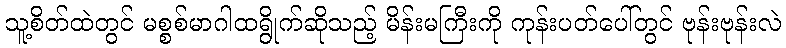
သူ့စိတ်ထဲတွင် မစ္စစ်မာဂါထရွိုက်ဆိုသည့် မိန်းမကြီးကို ကုန်းပတ်ပေါ်တွင် ဗုန်းဗုန်းလဲ